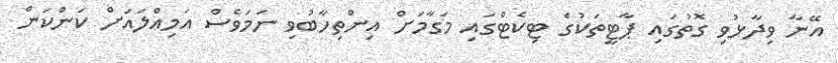
އޭނާ ވިދާޅުވި ގޮތުގައި ޕާޓީތަކުގެ ޓިކެޓްްގައި މަގާމަށް އިންތިހާބުވި ނަމަވެސް އަމިއްލައަށް ކަންކަން